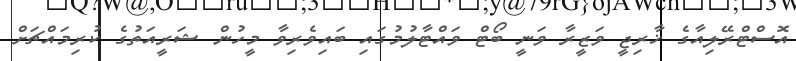
އޮސްޓްރޭލިއާގެ ޚާރިޖީ ވަޒީރާ ވަނީ ބޯޓް ވައްޓާލުމުގައި ބައިވެރިވާ މީހުން ޝަރީއަތުގެ ކުރިމައްޗަށް